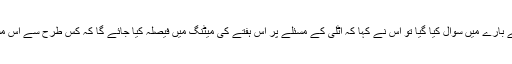
اورجب اس سے اٹلی کے بارے میں سوال کیا گیا تو اس نے کہا کہ اٹلی کے مسئلے پر اس ہفتے کی میٹنگ میں فیصلہ کیا جائے گا کہ کس طرح سے اس مسلے کا حل نکالا جائے۔